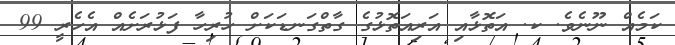
ކަމެއް ނޫނެވެ. ކ. އަތޮޅާއި އަރިއަތޮޅުގެ ގާތްގަނޑަކަށް ހުރިހާ ފަޅުރަށެއް އެހެރީ 99